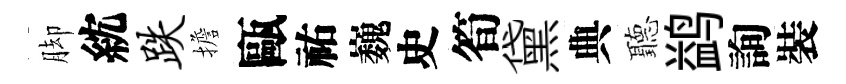
脚紞跌擔甌祐巍史筍黛典聽鹢詢裝